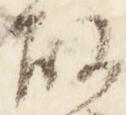
故